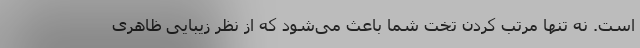
است. نه تنها مرتب کردن تخت شما باعث می‌شود که از نظر زیبایی ظاهری